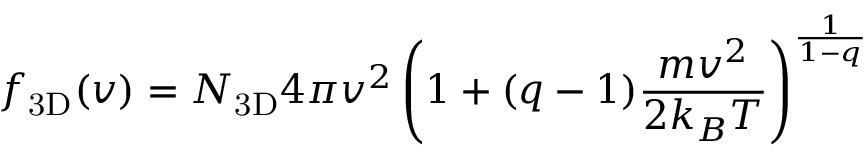
f _ { \mathrm { 3 D } } ( v ) = N _ { \mathrm { 3 D } } 4 \pi v ^ { 2 } \left( 1 + ( q - 1 ) \frac { m v ^ { 2 } } { 2 k _ { B } T } \right) ^ { \frac { 1 } { 1 - q } }